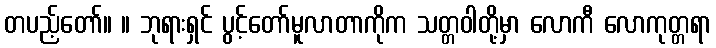
တပည့်တော်။ ။ ဘုရားရှင် ပွင့်တော်မူလာတာကိုက သတ္တဝါတို့မှာ လောကီ လောကုတ္တရာ